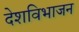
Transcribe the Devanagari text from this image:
देशविभाजन